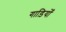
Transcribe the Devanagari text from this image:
गाड़ियोँ